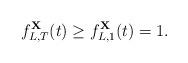
LaTeX: \begin{align*}f^\mathbf{X}_{L,T}(t)\geq f^\mathbf{X}_{L,1}(t)=1.\end{align*}